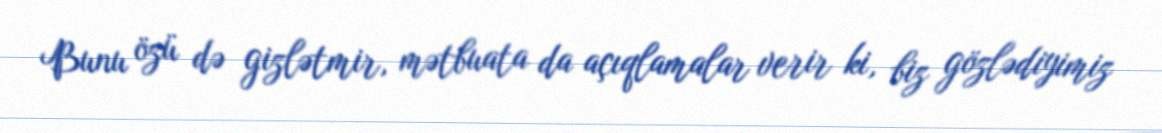
Bunu özü də gizlətmir, mətbuata da açıqlamalar verir ki, biz gözlədiyimiz